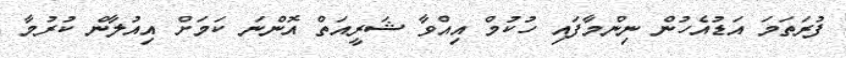
ފުރަތަމަ އަޑުއެހުން ނިންމާފައި ހުކުމް އިއްވާ ޝަރީއަތް އޮންނަ ކަމަށް އިއުލާން ކުރުމާ